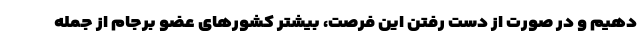
دهیم و در صورت از دست رفتن این فرصت، بیشتر کشورهای عضو برجام از جمله